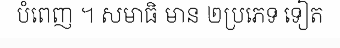
បំពេញ ។ សមាធិ មាន ២ប្រភេទ ទៀត